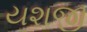
યશજી